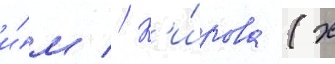
и́м // К'и́рова (х